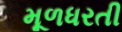
મૂળધરતી